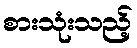
စားသုံးသည့်